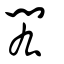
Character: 閎